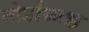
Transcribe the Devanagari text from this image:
बोर्डाध्यक्ष